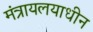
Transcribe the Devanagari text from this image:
मंत्रायलयाधीन